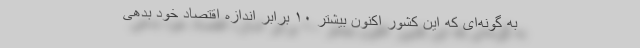
به گونه‌ای که این کشور اکنون بیشتر ۱۰ برابر اندازه اقتصاد خود بدهی